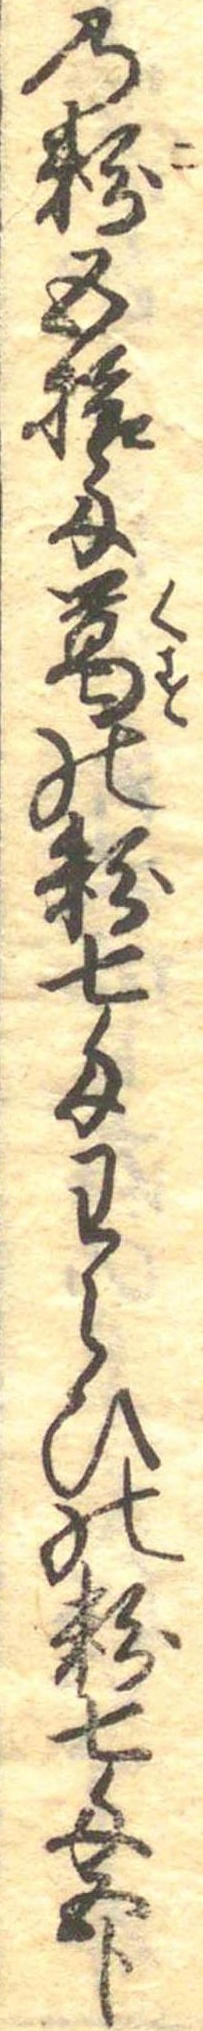
の粉五拾匁葛の粉七匁わらひの粉七匁五分